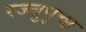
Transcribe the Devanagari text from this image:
रज्जुपुच्छ